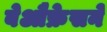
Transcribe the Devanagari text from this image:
बेऔफ्रेसने